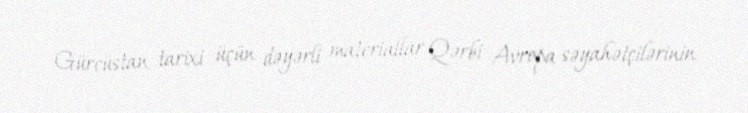
Gürcüstan tarixi üçün dəyərli materiallar Qərbi Avropa səyahətçilərinin